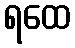
ရထေ